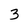
Character: 3